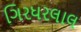
ગિરધરલાલ